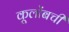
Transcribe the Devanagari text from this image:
कूलोंबची